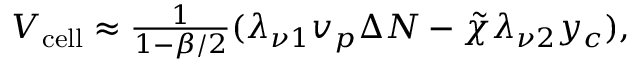
\begin{array} { r } { V _ { \mathrm { c e l l } } \approx \frac { 1 } { 1 - \beta / 2 } ( \lambda _ { \nu 1 } v _ { p } \Delta N - \tilde { \chi } \lambda _ { \nu 2 } y _ { c } ) , } \end{array}